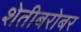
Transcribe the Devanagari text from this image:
शेतीबरोबर